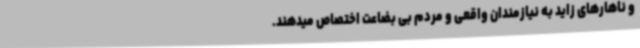
و ناهارهای زاید به نیازمندان واقعی و مردم بی بضاعت اختصاص میدهند.